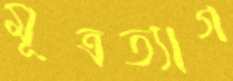
মূত্রত্যাগ